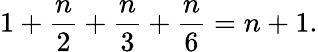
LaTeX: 1+{\frac{n}{2}}+{\frac{n}{3}}+{\frac{n}{6}}=n+1.